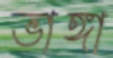
ভাঙ্গা